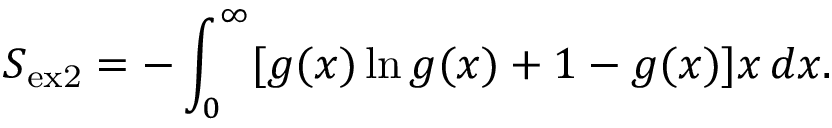
S _ { \mathrm { e x 2 } } = - \int _ { 0 } ^ { \infty } [ g ( x ) \ln g ( x ) + 1 - g ( x ) ] x \, d x .